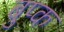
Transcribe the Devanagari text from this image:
बुप्क